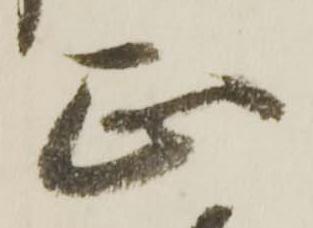
正